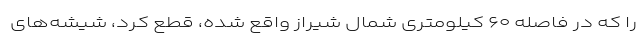
را که در فاصله ۶۰ کیلومتری شمال شیراز واقع شده، قطع کرد، شیشه‌های